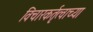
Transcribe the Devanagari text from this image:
विचारकर्तृत्वाच्या